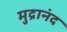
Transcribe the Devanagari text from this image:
मुद्रानंद